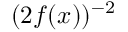
( 2 f ( x ) ) ^ { - 2 }